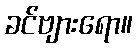
ခင်ဗျားရော။